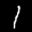
Label: 1